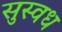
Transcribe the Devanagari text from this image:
सुस्वध